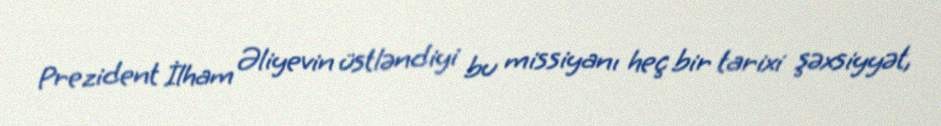
Prezident İlham Əliyevin üstləndiyi bu missiyanı heç bir tarixi şəxsiyyət,